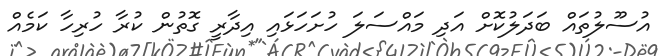
އުސޫލުތައް ބަދަލުކޮށް އަދި މައްސަލަ ހުށަހަޅައި އިދާރީ ގޮތުން ކުރާ ހުރިހާ ކަމެއް